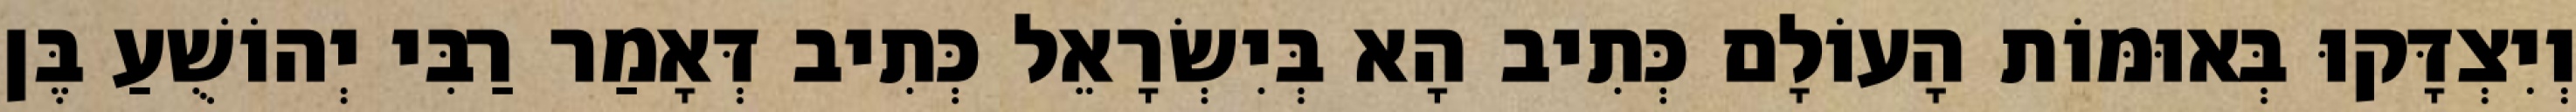
וְיִצְדָּקוּ בְּאוּמּוֹת הָעוֹלָם כְּתִיב הָא בְּיִשְׂרָאֵל כְּתִיב דְּאָמַר רַבִּי יְהוֹשֻׁעַ בֶּן